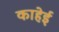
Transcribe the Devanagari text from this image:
काहेई